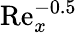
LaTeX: \mathrm{Re}_{x}^{-0.5}